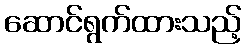
ဆောင်ရွက်ထားသည့်